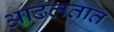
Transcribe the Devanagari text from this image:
आढलतात